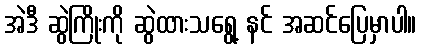
အဲဒီ ဆွဲကြိုးကို ဆွဲထားသရွေ့ နင် အဆင်ပြေမှာပါ။